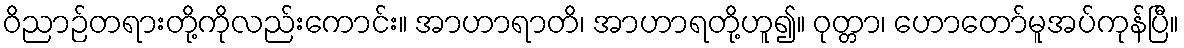
ဝိညာဉ်တရားတို့ကိုလည်းကောင်း။ အာဟာရာတိ၊ အာဟာရတို့ဟူ၍။ ဝုတ္တာ၊ ဟောတော်မူအပ်ကုန်ပြီ။